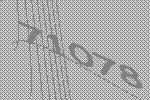
71078